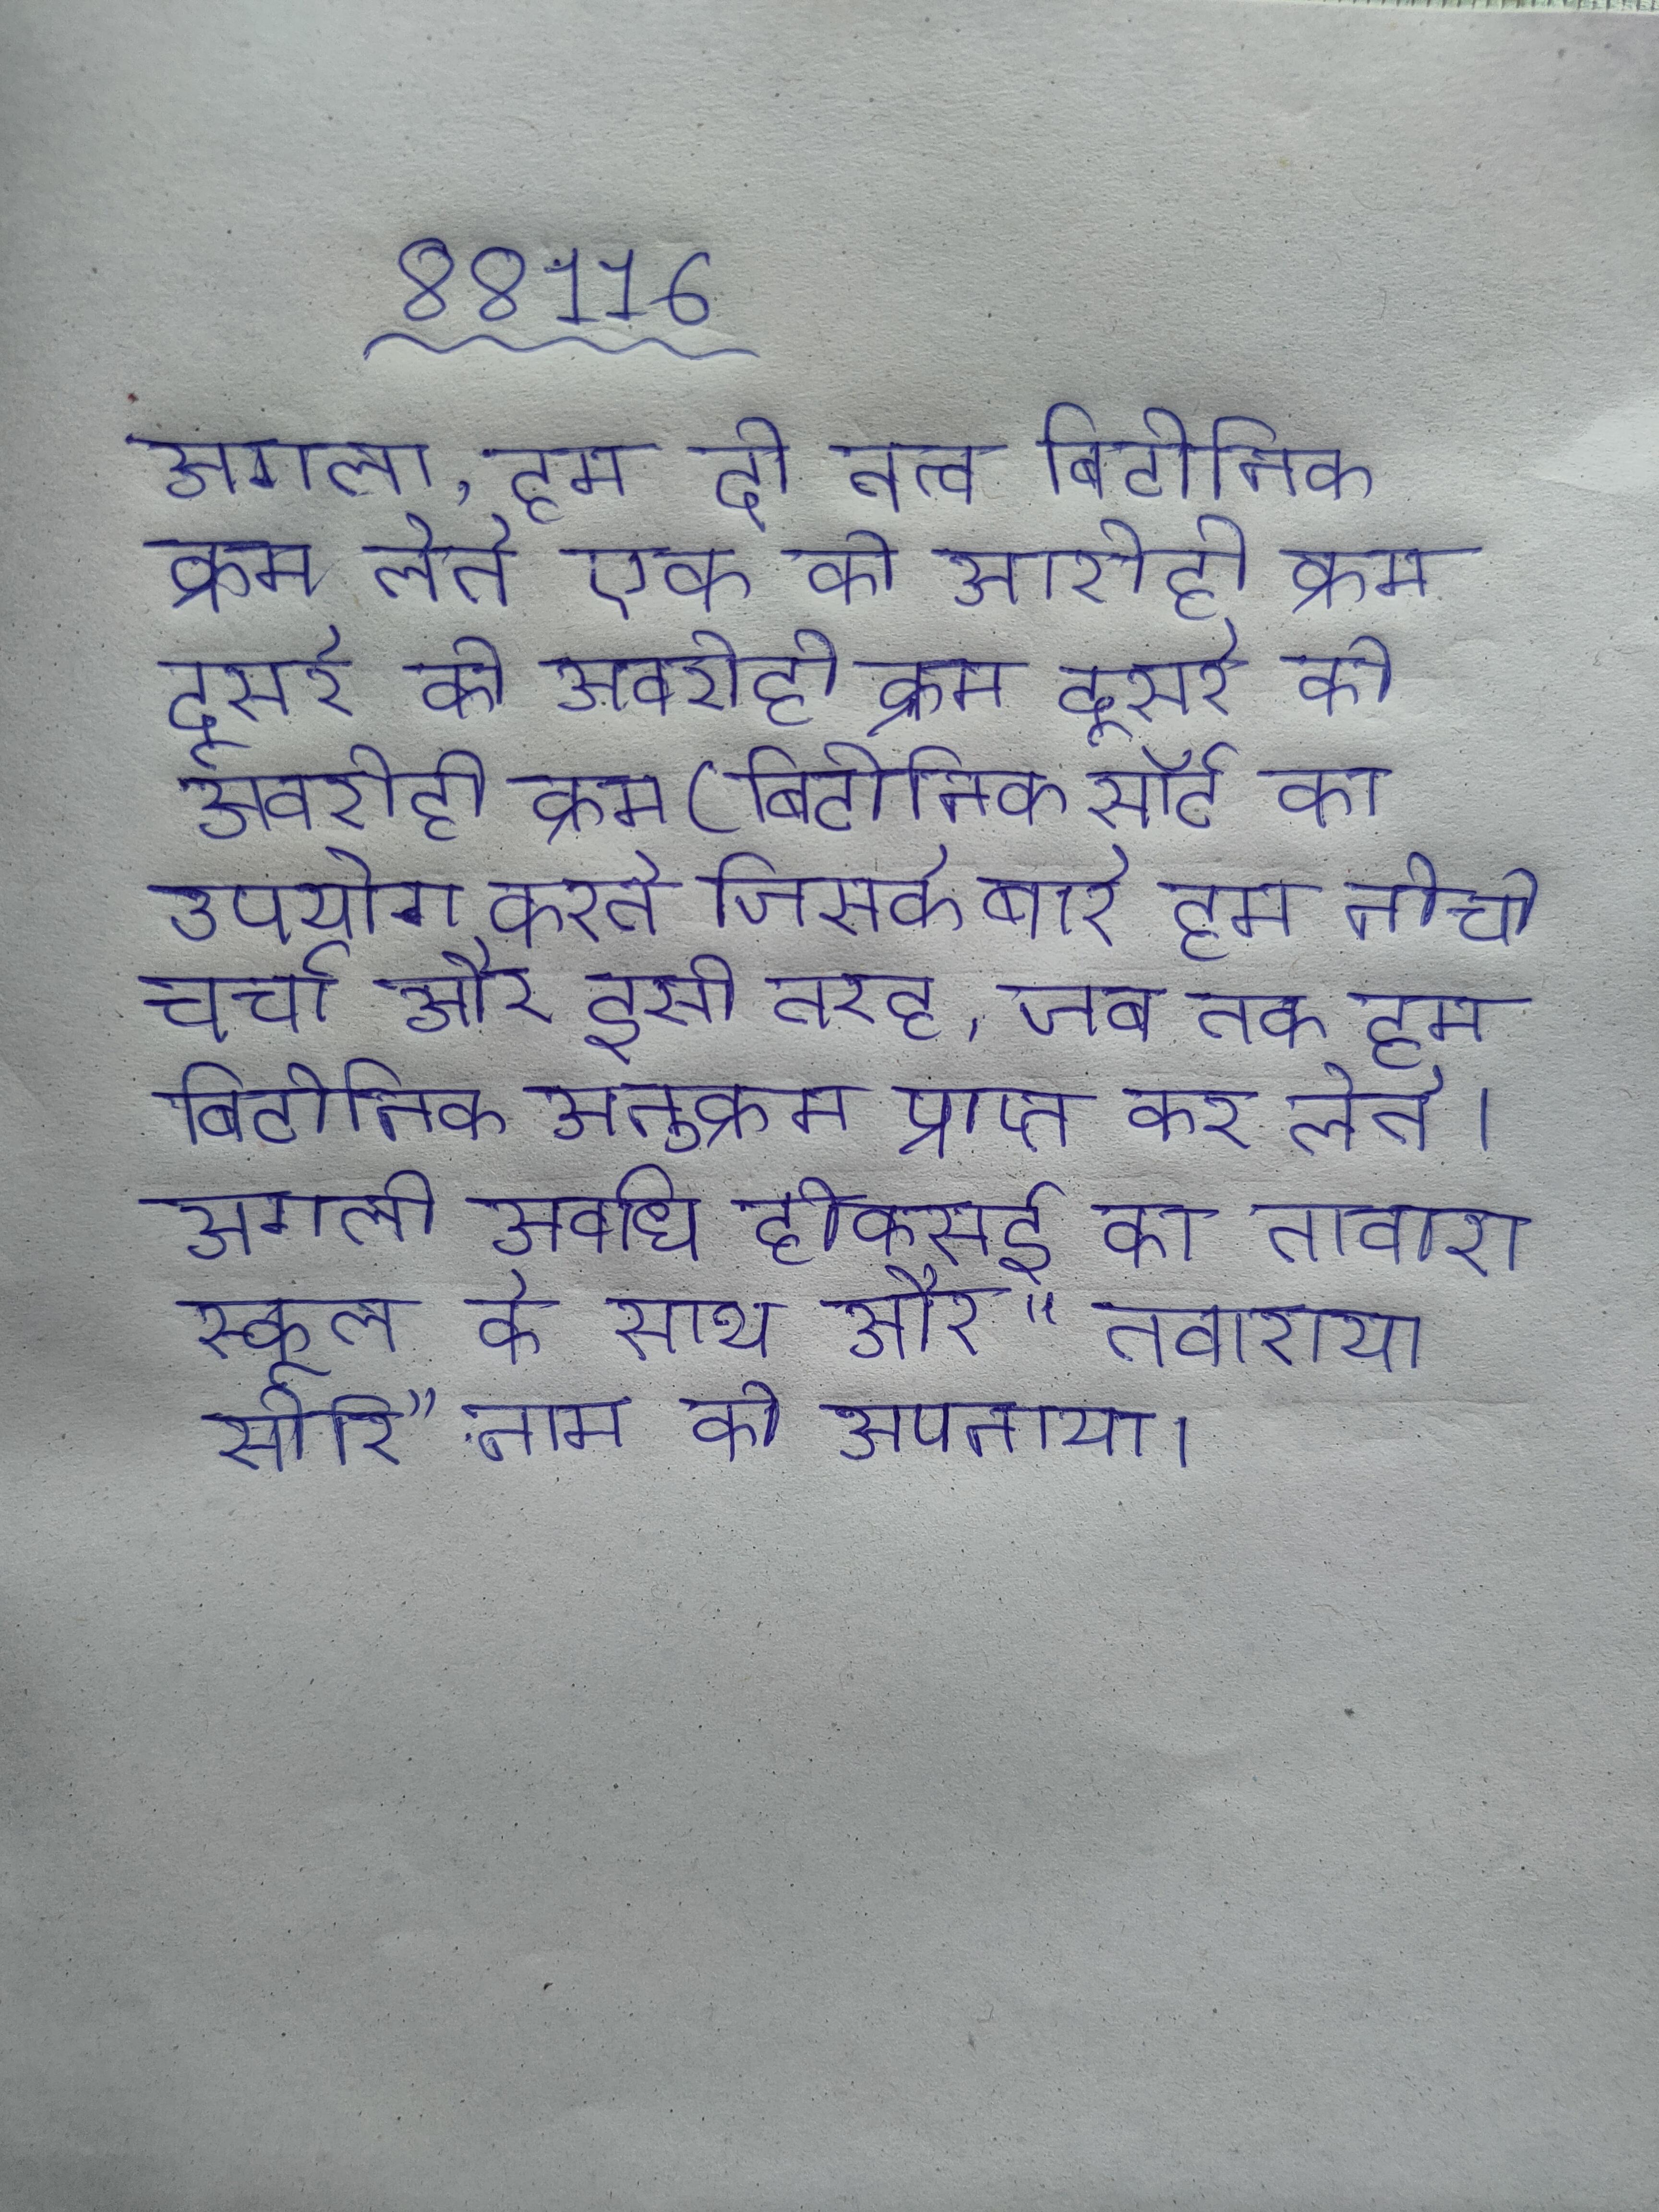
अगला, हम दो तत्व बिटोनिक क्रम लेते एक को आरोही क्रम दूसरे को अवरोही क्रम (बिटोनिक सॉर्ट का उपयोग करते जिसके बारे हम नीचे चर्चा और इसी तरह, जब तक हम बिटोनिक अनुक्रम प्राप्त कर लेते । अगली अवधि होकसई का तावारा स्कूल के साथ और "तवाराया सोरि" नाम को अपनाया ।